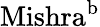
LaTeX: \mathrm{{Mishra}}^{\mathrm{b}}